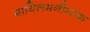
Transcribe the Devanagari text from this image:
बायिलमनीसांक